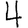
Digit: 4